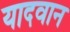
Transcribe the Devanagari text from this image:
यादवान